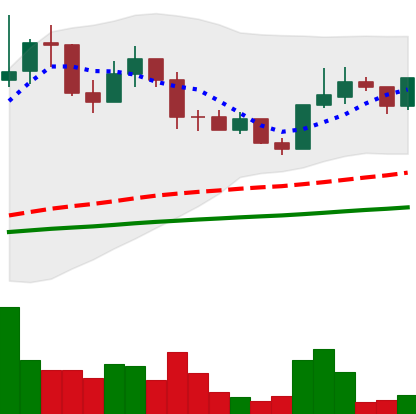
Ticker: LINK-USD
Chart end date: 2019-06-10
Forward return: 44.439%
Label: up_7plus